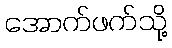
အောက်ဖက်သို့